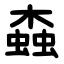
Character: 螙